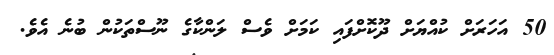
50 އަހަރަށް ކުއްޔަށް ދޫކޮށްފައި ކަމަށް ވެސް ލަންކާގެ ނޫސްތަކުން ބުނެ އެވެ.